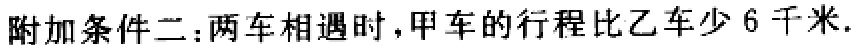
附加条件二：两车相遇时，甲车的行程比乙车少 6 千米.